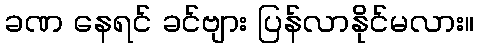
ခဏ နေရင် ခင်ဗျား ပြန်လာနိုင်မလား။